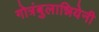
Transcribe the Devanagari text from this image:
गोत्रंबुलान्नियेनी